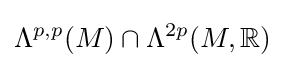
\Lambda ^{p,p}(M)\cap \Lambda ^{2p}(M,{\mathbb {R} })